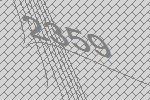
2359